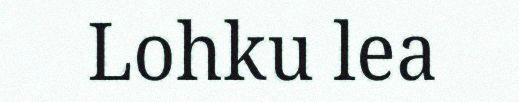
Lohku lea